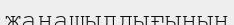
жаңашылдығының